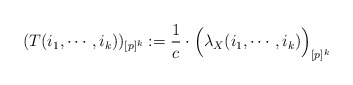
\begin{align*} (T(i_1,\cdots,i_k))_{[p]^k} := \frac{1}{c}\cdot \Big( \lambda_X(i_1,\cdots,i_k)\Big)_{[p]^k}\end{align*}